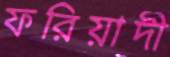
ফরিয়াদী